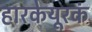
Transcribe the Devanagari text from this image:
हारकेयूरकं